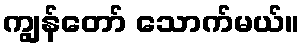
ကျွန်တော် သောက်မယ်။